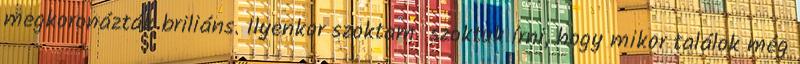
megkoronázták briliáns. Ilyenkor szoktam szoktuk írni, hogy mikor találok még